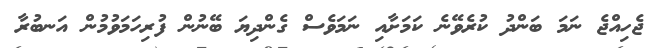
ޖެހިއްޖެ ނަމަ ބަންދު ކުރެވޭނެ ކަމަށާއި ނަމަވެސް ގެންދިޔަ ބޭނުން ފުރިހަމަވުމުން އަނބުރާ